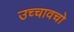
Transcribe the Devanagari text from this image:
उच्चावचो